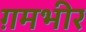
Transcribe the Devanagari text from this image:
ग़मभीर